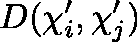
D ( \mathbf { \chi } _ { i } ^ { \prime } , \mathbf { \chi } _ { j } ^ { \prime } )